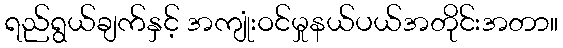
ရည်ရွယ်ချက်နှင့် အကျုံးဝင်မှုနယ်ပယ်အတိုင်းအတာ။